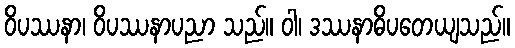
ဝိပဿနာ၊ ဝိပဿနာပညာ သည်။ ဝါ၊ ဒဿနာဓိပတေယျသည်။